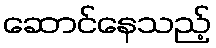
ဆောင်နေသည့်